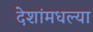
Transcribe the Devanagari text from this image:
देशांमधल्या